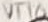
Text: VT10